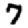
Digit: 7